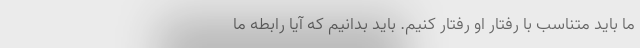
ما باید متناسب با رفتار او رفتار کنیم. باید بدانیم که آیا رابطه ما